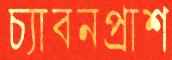
চ্যাবনপ্রাশ